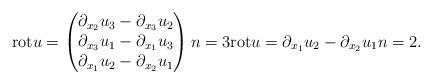
LaTeX: \begin{align*}\mathrm{rot} u =\begin{pmatrix}\partial_{x_{2}} u_{3} - \partial_{x_{3}} u_{2} \\\partial_{x_{3}} u_{1} - \partial_{x_{1}} u_{3} \\\partial_{x_{1}} u_{2} - \partial_{x_{2}} u_{1}\end{pmatrix} n = 3 \mathrm{rot} u = \partial_{x_{1}} u_{2} - \partial_{x_{2}} u_{1} n = 2. \end{align*}